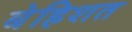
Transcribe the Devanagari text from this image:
बेहिशत